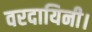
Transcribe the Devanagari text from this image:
वरदायिनी।